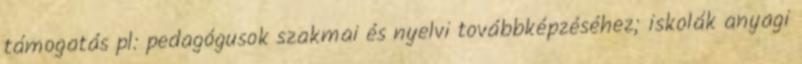
támogatás pl: pedagógusok szakmai és nyelvi továbbképzéséhez; iskolák anyagi